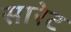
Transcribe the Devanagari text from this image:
सारेट